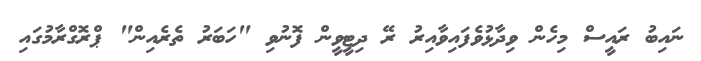
ނައިބު ރައީސް މިހެން ވިދާޅުވެފައިވާއިރު ރޭ ދިޓީވީން ފޮނުވި "ހަބަރު ތެރެއިން" ޕްރޮގްރާމުގައި